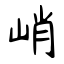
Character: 峭